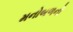
મનોબળનો